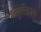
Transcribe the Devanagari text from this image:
इन्सुलिज़म